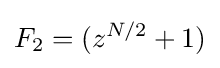
F_{2}=(z^{N/2}+1)